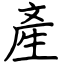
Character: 產